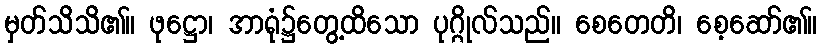
မှတ်သိသိ၏။ ဖုဋ္ဌော၊ အာရုံ၌တွေ့ထိသော ပုဂ္ဂိုလ်သည်။ စေတေတိ၊ စေ့ဆော်၏။